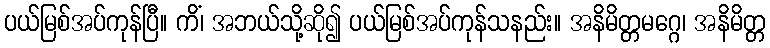
ပယ်မြစ်အပ်ကုန်ပြီ။ ကိံ၊ အဘယ်သို့ဆို၍ ပယ်မြစ်အပ်ကုန်သနည်း။ အနိမိတ္တမဂ္ဂေ၊ အနိမိတ္တ